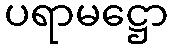
ပရာမဋ္ဌော